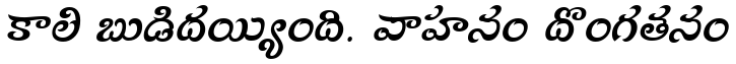
కాలి బుడిదయ్యింది. వాహనం దొంగతనం